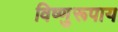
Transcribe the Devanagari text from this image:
विष्णुरूपाय